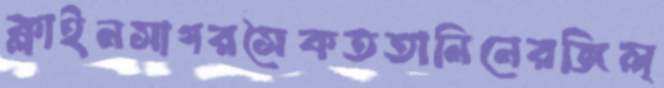
ক্লাইনসাগরসৈকততানিনেরজিল্